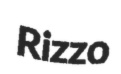
Rizzo